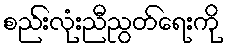
စည်းလုံးညီညွတ်ရေးကို